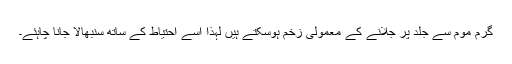
گرم موم سے جلد پر جلانے کے معمولی زخم ہوسکتے ہیں لہذا اسے احتیاط کے ساتھ سنبھالا جانا چاہئے۔